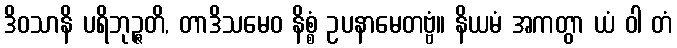
ဒိဝသာနိ ပရိဘုဉ္ဇတိ, တာဒိသမေဝ နိစ္စံ ဥပနာမေတဗ္ဗံ။ နိယမံ အကတွာ ယံ ဝါ တံ